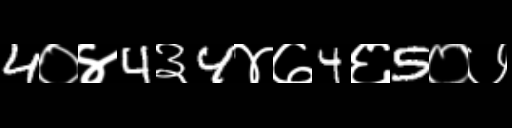
Text: 4०४4३4४७4६5०७